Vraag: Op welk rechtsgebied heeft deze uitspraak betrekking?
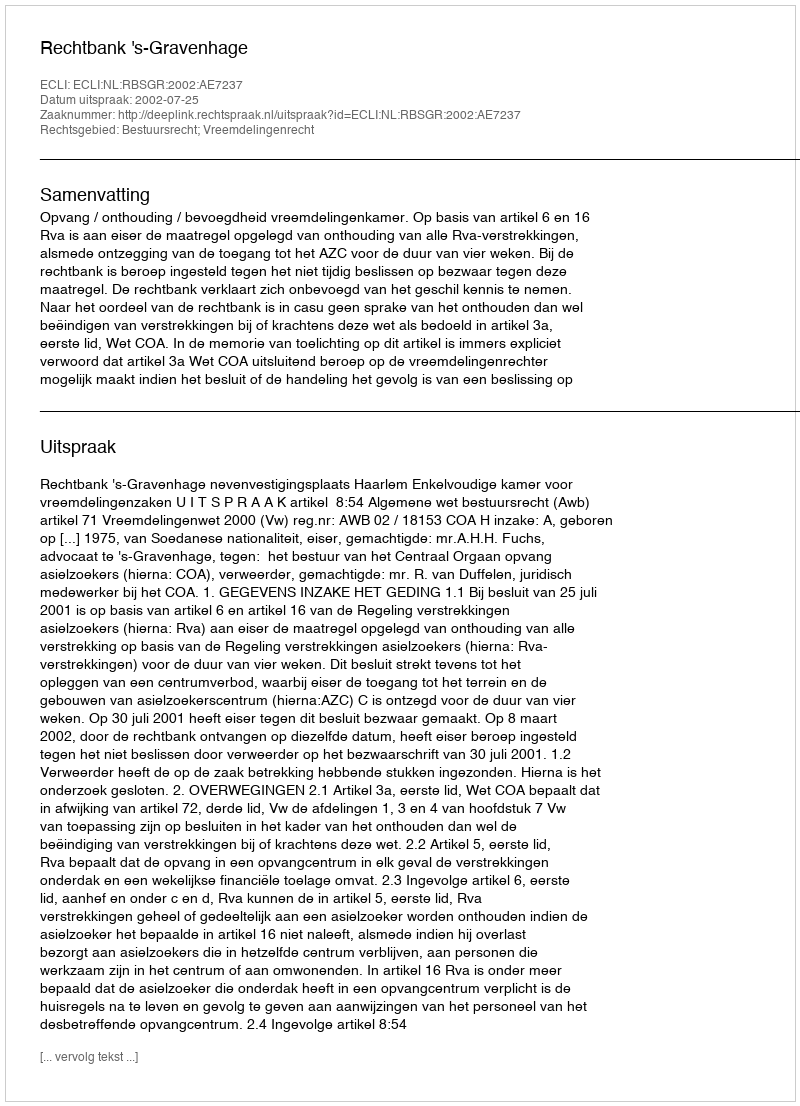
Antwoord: Bestuursrecht; Vreemdelingenrecht